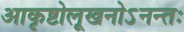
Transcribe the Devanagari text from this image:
आकृष्टोलूखनोऽनन्तः